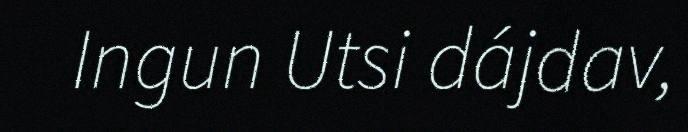
Ingun Utsi dájdav,